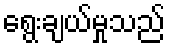
ရွေးချယ်မှုသည်